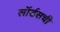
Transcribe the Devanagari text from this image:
लॉर्डसची